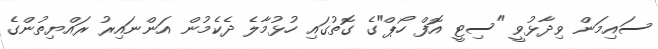
ސައިމަން ވިދާޅުވީ "ސިޓީ އޮފް ހޯޕް"ގެ ގޮތުގައި ހުޅުމާލެ ދެކެމުން އަންނައިރު ރައްޔިތުންގެ